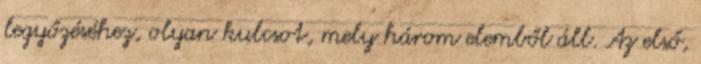
legyőzéséhez, olyan kulcsot, mely három elemből áll. Az első,